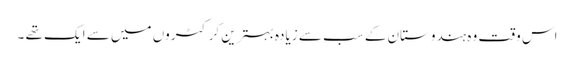
اس وقت وہ ہندوستان کے سب سے زیادہ بہترین کرکٹروں میں سے ایک تھے ۔